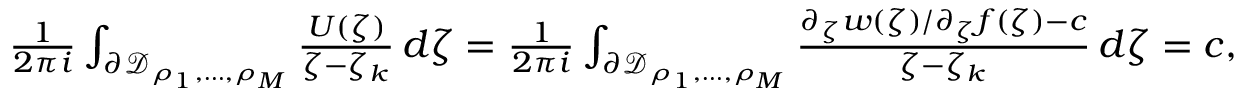
\begin{array} { r } { \frac { 1 } { 2 \pi i } \int _ { \partial \mathcal { D } _ { \rho _ { 1 } , \ldots , \rho _ { M } } } \frac { U ( \zeta ) } { \zeta - \zeta _ { k } } \, d \zeta = \frac { 1 } { 2 \pi i } \int _ { \partial \mathcal { D } _ { \rho _ { 1 } , \ldots , \rho _ { M } } } \frac { \partial _ { \zeta } w ( \zeta ) / \partial _ { \zeta } f ( \zeta ) - c } { \zeta - \zeta _ { k } } \, d \zeta = c , } \end{array}